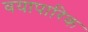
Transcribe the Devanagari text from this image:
वयापारिक